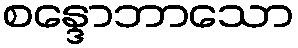
စန္ဒောဘာသော